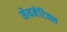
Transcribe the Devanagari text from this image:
मेथमेटिक्स